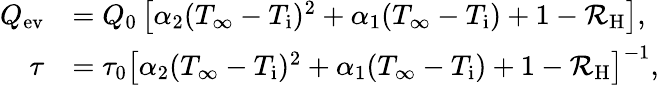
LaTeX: \begin{array}{rl}{Q_{\mathrm{ev}}}&{=Q_{0}\left[\alpha_{2}(T_{\infty}-T_{\mathrm{i}})^{2}+\alpha_{1}(T_{\infty}-T_{\mathrm{i}})+1-\mathcal{R}_{\mathrm{H}}\right],}\\ {\tau}&{=\tau_{0}\left[\alpha_{2}(T_{\infty}-T_{\mathrm{i}})^{2}+\alpha_{1}(T_{\infty}-T_{\mathrm{i}})+1-\mathcal{R}_{\mathrm{H}}\right]^{-1},}\end{array}